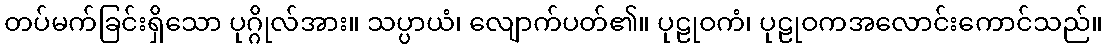
တပ်မက်ခြင်းရှိသော ပုဂ္ဂိုလ်အား။ သပ္ပာယံ၊ လျောက်ပတ်၏။ ပုဠုဝကံ၊ ပုဠုဝကအလောင်းကောင်သည်။